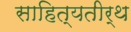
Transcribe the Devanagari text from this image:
साहित्यतीर्थ